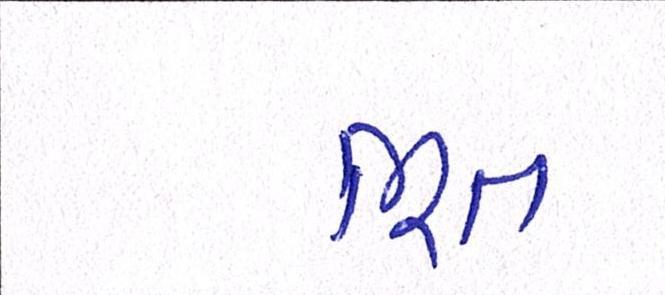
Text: ભૂત